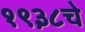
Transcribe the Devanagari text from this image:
१९३८चे